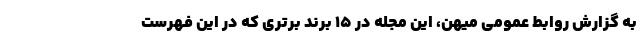
به گزارش روابط عمومی میهن، این مجله در ۱۵ برند برتری که در این فهرست